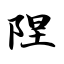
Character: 陧